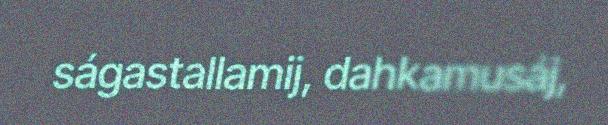
ságastallamij, dahkamusáj,